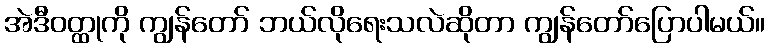
အဲဒီဝတ္ထုကို ကျွန်တော် ဘယ်လိုရေးသလဲဆိုတာ ကျွန်တော်ပြောပါမယ်။